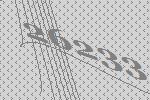
26233